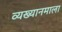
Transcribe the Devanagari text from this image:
व्यख्यानमाला